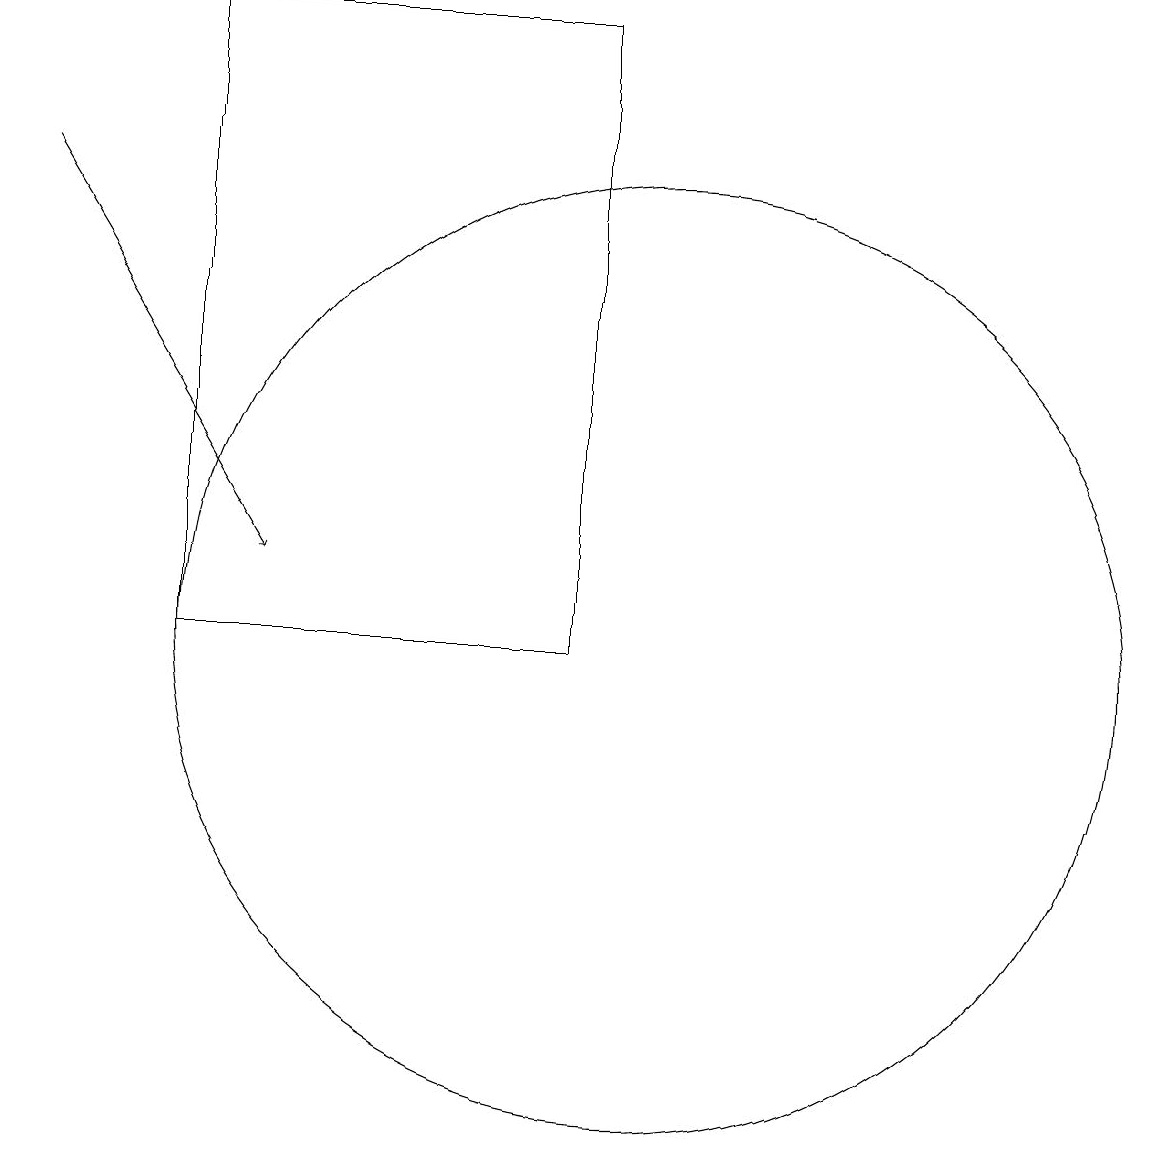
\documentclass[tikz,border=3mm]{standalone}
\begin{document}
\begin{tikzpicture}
\draw (10,10) circle (6);
\draw (4,18) rectangle (9,10);
\draw[->] (2,16) -- (5,11);
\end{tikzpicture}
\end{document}